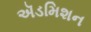
ઍડમિશન